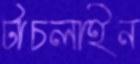
টাচলাইন